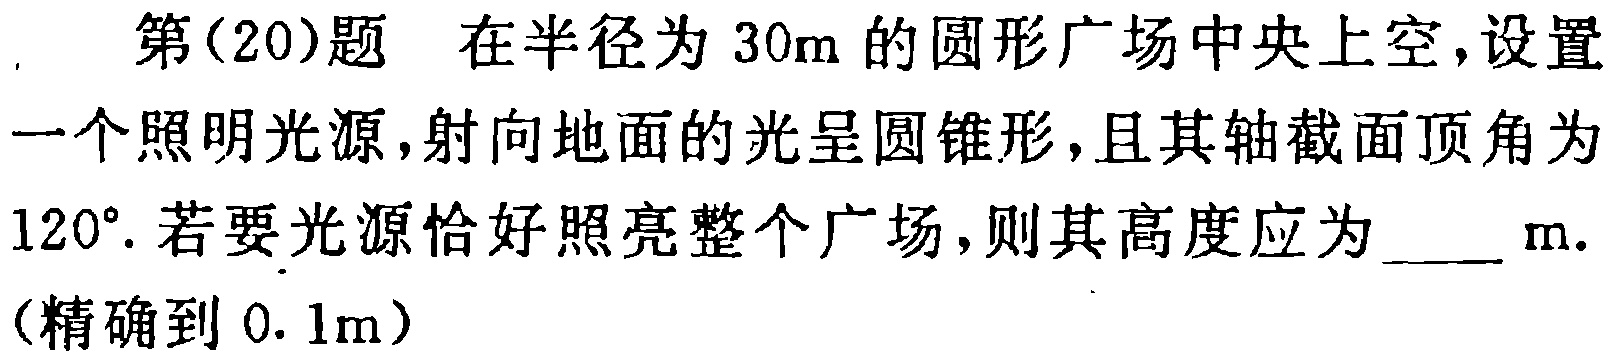
第(20)题 在半径为 \(30m\) 的圆形广场中央上空,设置一个照明光源,射向地面的光呈圆锥形,且其轴截面顶角为 \(120^{\circ}\). 若要光源恰好照亮整个广场,则其高度应为 \_\_\_ \(m\).（精确到 \(0.1m\)）